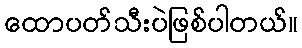
ထောပတ်သီးပဲဖြစ်ပါတယ်။